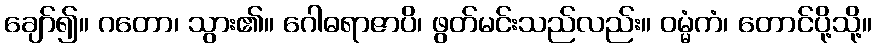
ချော်၍။ ဂတော၊ သွား၏။ ဂေါဓရာဇာပိ၊ ဖွတ်မင်းသည်လည်း။ ဝမ္မံကံ၊ တောင်ပို့သို့။